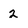
Character: 2